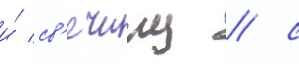
и́ св'ечину / с